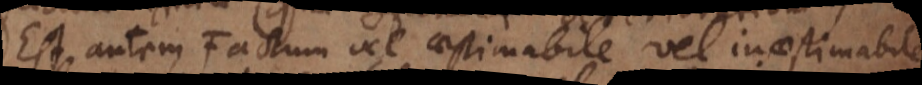
Est autem Factum vel aestimabile vel inaestimabile